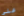
علي